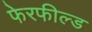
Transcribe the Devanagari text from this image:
फेरफील्ड